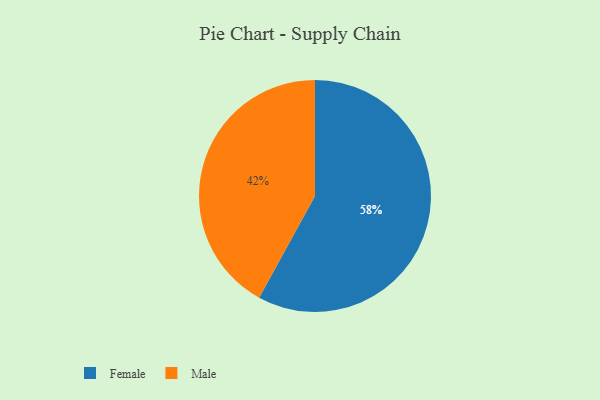
{"axis": {"x": "Category", "y": "Percentage"}, "legend": ["Female", "Male"], "data": [{"x": "Male", "y": 42, "type": "Male"}, {"x": "Female", "y": 58, "type": "Female"}]}